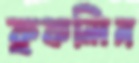
ব্রুকলিন